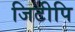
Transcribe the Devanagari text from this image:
जिटीपि